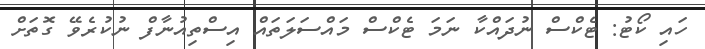
ހައި ކޯޓު: ޓެކްސް ނުދައްކާ ނަމަ ޓެކްސް މައްސަލަތައް އިސްތިއުނާފް ނުކުރެވޭ ގޮތަށް